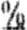
%